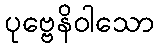
ပုဗ္ဗေနိဝါသော